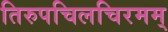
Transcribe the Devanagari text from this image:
तिरुपचिलचिरमम्